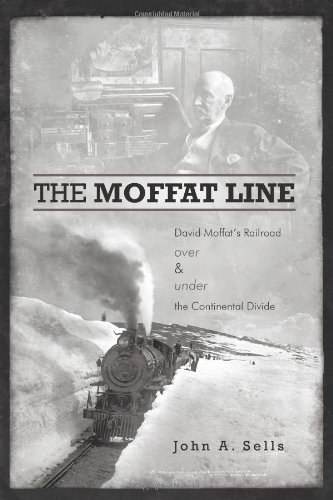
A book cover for The Moffat Line: David Moffat's Railroad Over And Under The Continental Divide; John A. Sells; Travel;